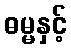
ဓမ္မနှင့်